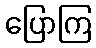
ပြောကြ